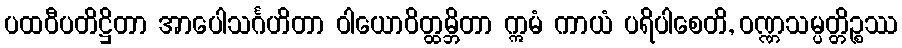
ပထဝီပတိဋ္ဌိတာ အာပေါသင်္ဂဟိတာ ဝါယောဝိတ္ထမ္ဘိတာ ဣမံ ကာယံ ပရိပါစေတိ, ဝဏ္ဏသမ္ပတ္တိဉ္စဿ